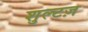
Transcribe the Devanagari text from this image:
शुल्टज़